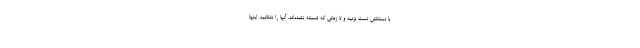
با دستکش دست بزنید و تا زمانی که شسته نشده‌اند، آنها را نتکانید. اینها